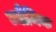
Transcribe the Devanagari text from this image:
व्यौमिक